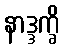
နာဒ္ဒက္ခိ